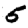
Digit: 5